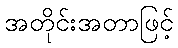
အတိုင်းအတာဖြင့်